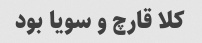
کلا قارچ و سویا بود